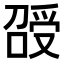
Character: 𠺥